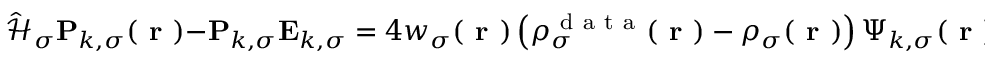
\hat { \mathcal { { H } } } _ { \sigma } \mathbf { P } _ { k , \sigma } ( \boldsymbol { \textbf { r } } ) - \mathbf { P } _ { k , \sigma } \mathbf { E } _ { k , \sigma } = 4 w _ { \sigma } ( \boldsymbol { \textbf { r } } ) \left( \rho _ { \sigma } ^ { \mathrm { ~ d ~ a ~ t ~ a ~ } } ( \boldsymbol { \textbf { r } } ) - \rho _ { \sigma } ( \boldsymbol { \textbf { r } } ) \right) \boldsymbol { \Psi } _ { k , \sigma } ( \boldsymbol { \textbf { r } } ) f ( \mathbf { E } _ { k , \sigma } ) - \boldsymbol { \Psi } _ { k , \sigma } ( \boldsymbol { \textbf { r } } ) \left( \mathbf { D } _ { k , \sigma } + \mathbf { D } _ { k , \sigma } ^ { \mathrm { ~ T ~ } } \right) \, ,